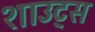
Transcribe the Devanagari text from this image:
शाउट्स